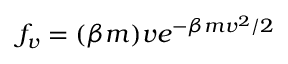
f _ { v } = ( \beta m ) v e ^ { - \beta m v ^ { 2 } / 2 }